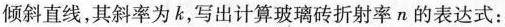
倾斜直线，其斜率为k，写出计算玻璃砖折射率n的表达式：